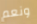
ونعم